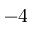
- 4